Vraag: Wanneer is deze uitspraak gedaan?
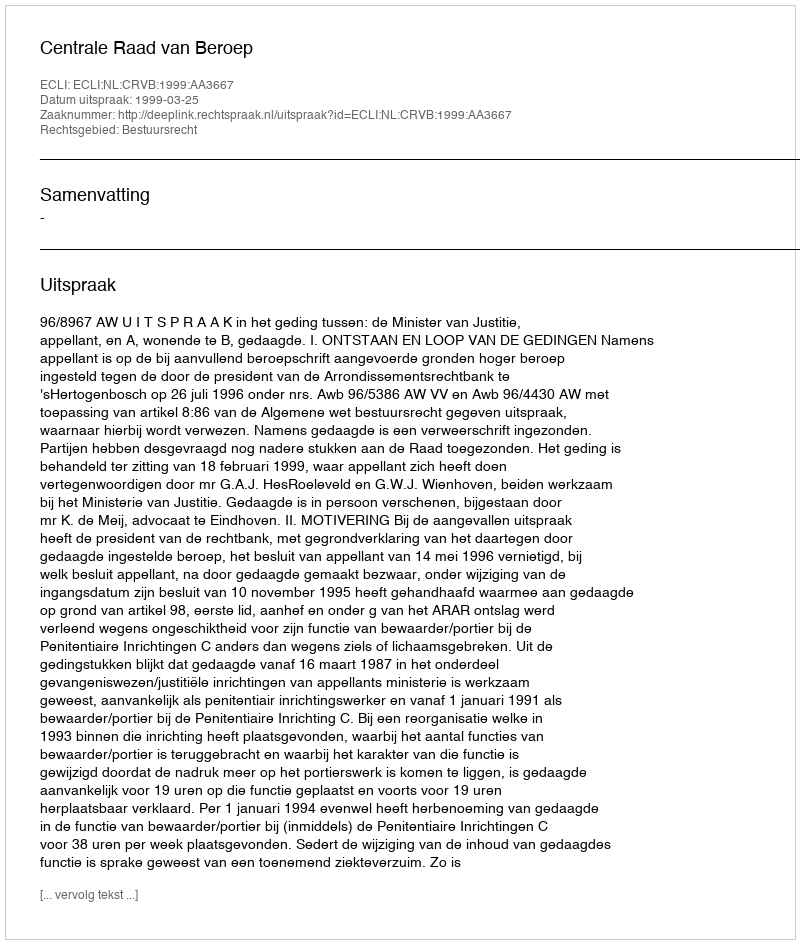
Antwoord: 1999-03-25